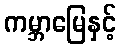
ကမ္ဘာမြေနှင့်